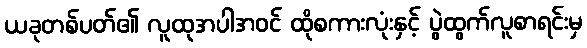
ယခုတစ်ပတ်၏ လူထုအပါအဝင် ထိုစကားလုံးနှင့် ပွဲထွက်လူစာရင်းမှ